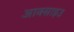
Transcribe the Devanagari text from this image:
आक्साइउ